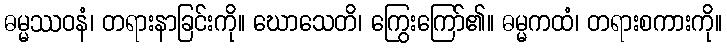
ဓမ္မဿဝနံ၊ တရားနာခြင်းကို။ ဃောသေတိ၊ ကြွေးကြော်၏။ ဓမ္မကထံ၊ တရားစကားကို။